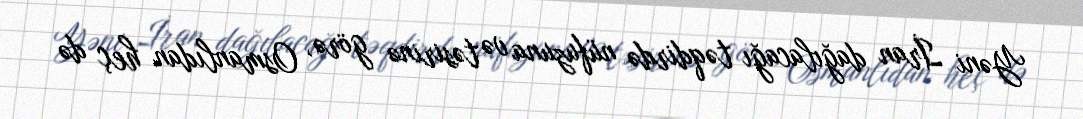
Yəni İran dağılacağı təqdirdə nüfuzuna və təsirinə görə, Osmanlıdan heç də